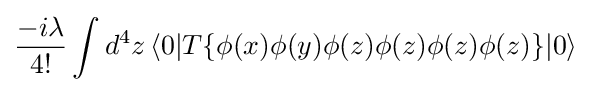
{\frac {-i\lambda }{4!}}\int d^{4}z\,\langle 0|T\{\phi (x)\phi (y)\phi (z)\phi (z)\phi (z)\phi (z)\}|0\rangle